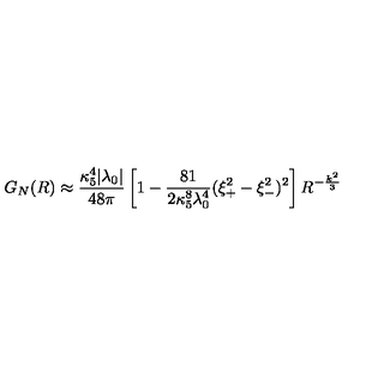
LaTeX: G _ { N } ( R ) \approx { \frac { \kappa _ { 5 } ^ { 4 } | \lambda _ { 0 } | } { 4 8 \pi } } \left[ 1 - { \frac { 8 1 } { 2 \kappa _ { 5 } ^ { 8 } \lambda _ { 0 } ^ { 4 } } } ( \xi _ { + } ^ { 2 } - \xi _ { - } ^ { 2 } ) ^ { 2 } \right] R ^ { - \frac { k ^ { 2 } } { 3 } }